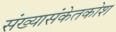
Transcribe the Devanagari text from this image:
संख्यासंकेतकोश